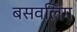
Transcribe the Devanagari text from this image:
बसवलिंग